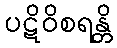
ပဋိဝိစရန္တိ